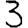
Digit: 3